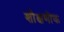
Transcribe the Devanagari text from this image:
शौक्षणीक